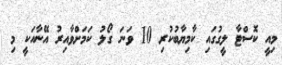
މިއީ ކޮސްޓާ ލީގުގައި ކާމިޔާބުކުރި 10 ވަނަ ގޯލު ކަމަށްވާއިރު އޭނާއަކީ މި